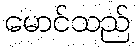
မောင်သည်